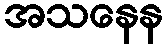
အသနေန